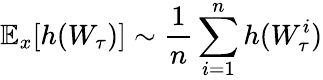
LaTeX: \mathbb{E}_{x}[h(W_{\tau})]\sim{\frac{1}{n}}\sum_{i=1}^{n}h(W_{\tau}^{i})